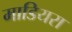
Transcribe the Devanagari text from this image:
माडियरा